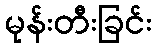
မုန်းတီးခြင်း